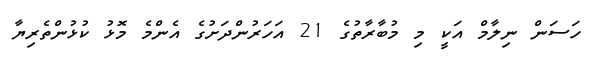
ހަސަން ނިލާމް އަކީ މި މުބާރާތުގެ 21 އަހަރުންދަށުގެ އެންމެ މޮޅު ކުޅުންތެރިޔާ